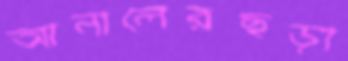
আনালেরছড়া